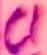
Text: c1